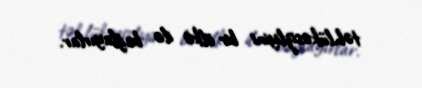
təhlükəsizliyini bir ölkə ilə bağlayırlar.